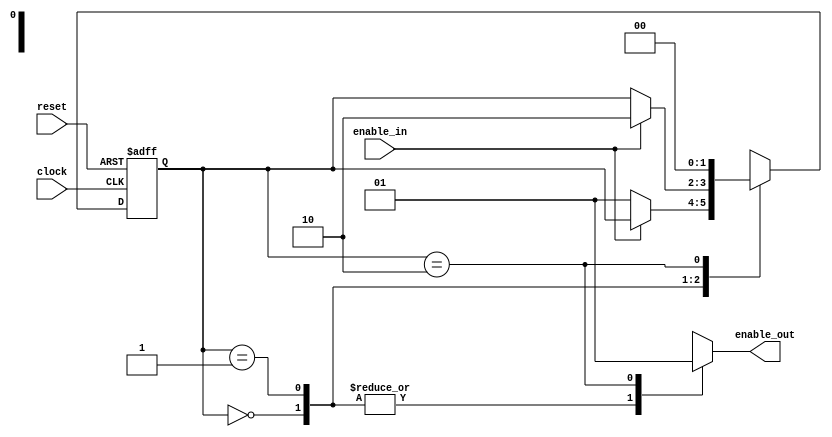
module keypressed(clock, reset, enable_in, enable_out);

	input clock;			// The on-board clock, default 50 MHz
	input	reset;			// Reset is active low. Should be connected to pushbutton 0.
	input enable_in;		// Should be connected to pushbutton 1.
	output enable_out;	// The output is high for one FPGA clock cycle each time pushbutton 1 is pressed and released.
	
// Variables for keeping track of the state.
	reg [1:0] key_state, next_key_state;
	reg enable_out;

// Set up parameters for "state" of the pushbutton.
// Since there are three states, we are using 2-bits to represent the state in a so-called "dense" assignment.
	parameter [1:0] KEY_FREE = 2'b00, KEY_PRESSED = 2'b01, KEY_RELEASED = 2'b10;

// The following always block represents sequential logic, and therefore uses non-blocking assignments.

// This always block is sensitized to the clock input and the reset input. You should picture this always block as a 2-bit
// register with an active-low asynchronous clear.

	always @(posedge clock or negedge reset) begin
	
	// If reset = 0, there must have been a negative edge on the reset.
	// Since the effect of the reset occurs in the absence of a clock pulse, the reset is ASYNCHRONOUS.
		if (reset == 1'b0)
			key_state <= KEY_FREE;
		
	// If reset !=0 but this always block is executing, there must have been a positive clock edge.
	// On each positive clock edge, the next state becomes the present state.
		else
			key_state <= next_key_state;
	end

// The following always block represents combinational logic.  It uses blocking assignments.

// This always block is sensitized to changes in the present state and enable input. You should picture this block as 
// a combinational circuit that feeds the register inputs. It determines the next state based on the current state and
// the enable input.

	always @(key_state, enable_in) begin
	
	// To be safe, assign values to the next_key_state and enable_out. That way, if none of the paths in the case
	// statement apply, these variables have known values.
		next_key_state = key_state;
		enable_out = 1'b0;
		
	// Use the present state to determine the next state.
		case (key_state)
		
		// If the key is free (i.e., is unpressed and was not just released):
			KEY_FREE: begin
			
			// If the enable input button is down, make the next state KEY_PRESSED.
				if (enable_in == 1'b0)
					next_key_state = KEY_PRESSED;
			end
		
		// If the key is pressed:
			KEY_PRESSED: begin
			
			// If the enable button is up, make the next state KEY_RELEASED.
				if (enable_in == 1'b1)
					next_key_state = KEY_RELEASED;
			end
			
		// If the key is released (i.e., the button has just gone from being pressed to being released):
			KEY_RELEASED: begin
			
			// Take the output high.
				enable_out = 1'b1;
			
			// Make the next state KEY_FREE. Note that this state transition always happens and is independent of
			// the input
				next_key_state = KEY_FREE;
			end
			
		// If none of the above - something that should never happen - make the next state and output unknown.
			default: begin
				next_key_state = 2'bxx;
				enable_out = 1'bx;
			end
			
		endcase
		
	end
	
endmodule